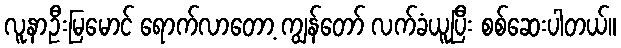
လူနာဦးမြမောင် ရောက်လာတော့ ကျွန်တော် လက်ခံယူပြီး စစ်ဆေးပါတယ်။